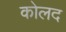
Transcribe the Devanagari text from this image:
कोलद